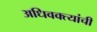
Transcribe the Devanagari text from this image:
अधिवक्त्यांची